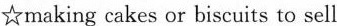
☆making cakes or biscuits to sell